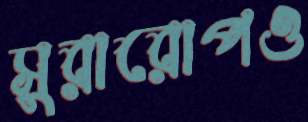
সুরারোপও